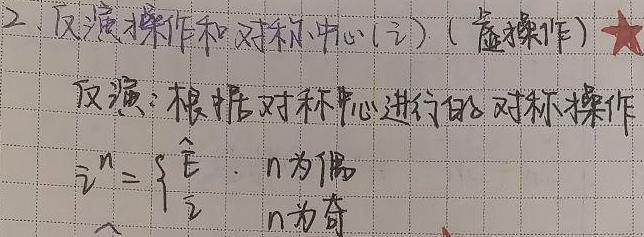
2.反演操作和对称中心\((\overline{i})\)（虚操作）\\
反演：根据对称中心进行的对称操作\\
\(\overline{i}^n=\)\\
\begin{cases}
\(\hat{E}&n\)\text{为偶}\\
\(\overline{i}&n\)\text{为奇}\\
\end{cases}